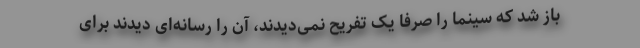
باز شد که سینما را صرفا یک تفریح نمی‌دیدند، آن را رسانه‌ای دیدند برای